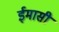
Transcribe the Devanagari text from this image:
ईमासी